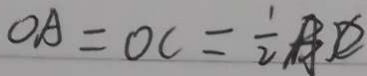
O A = O C = \frac { 1 } { 2 }